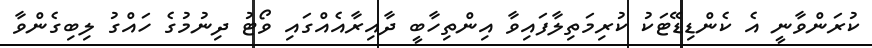
ކުރަންވާނީ އެ ކެންޑިޑޭޓަކު ކުރިމަތިލާފައިވާ އިންތިހާބީ ދާއިރާއެއްގައި ވޯޓު ދިނުމުގެ ހައްގު ލިބިގެންވާ